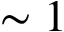
\sim 1